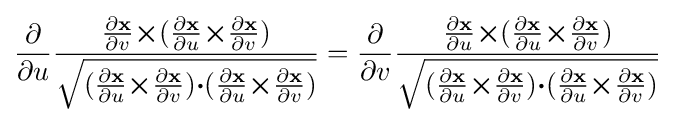
{\frac {\partial }{\partial u}}{\frac {{\frac {\partial \mathbf {x} }{\partial v}}{\boldsymbol {\times }}({\frac {\partial \mathbf {x} }{\partial u}}{\boldsymbol {\times }}{\frac {\partial \mathbf {x} }{\partial v}})}{\sqrt {({\frac {\partial \mathbf {x} }{\partial u}}{\boldsymbol {\times }}{\frac {\partial \mathbf {x} }{\partial v}}){\boldsymbol {\cdot }}({\frac {\partial \mathbf {x} }{\partial u}}{\boldsymbol {\times }}{\frac {\partial \mathbf {x} }{\partial v}})}}}={\frac {\partial }{\partial v}}{\frac {{\frac {\partial \mathbf {x} }{\partial u}}{\boldsymbol {\times }}({\frac {\partial \mathbf {x} }{\partial u}}{\boldsymbol {\times }}{\frac {\partial \mathbf {x} }{\partial v}})}{\sqrt {({\frac {\partial \mathbf {x} }{\partial u}}{\boldsymbol {\times }}{\frac {\partial \mathbf {x} }{\partial v}}){\boldsymbol {\cdot }}({\frac {\partial \mathbf {x} }{\partial u}}{\boldsymbol {\times }}{\frac {\partial \mathbf {x} }{\partial v}})}}}